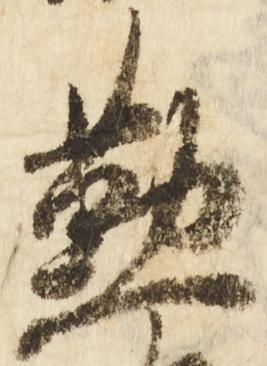
懃